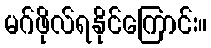
မဂ်ဖိုလ်ရနိုင်ကြောင်း။